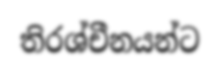
තිරශ්චීනයන්ට